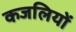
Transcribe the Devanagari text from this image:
कजलियों